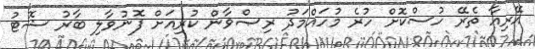
އޭރިއާ ތެރޭ ހުސްކޮށް ހުރެ މުހައްމަދު ރިޞްވާން ކުރިއަށް ފޮނުވާލި ބާރު ޝޮޓު